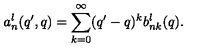
a _ { n } ^ { l } ( q ^ { \prime } , q ) = \sum _ { k = 0 } ^ { \infty } ( q ^ { \prime } - q ) ^ { k } b _ { n k } ^ { l } ( q ) .